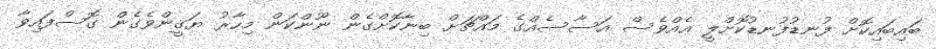
ބައިބައިކޮށް ފުނޑުފުނޑުކޮށްލީ އެއްވެސް އަސާސެއްގެ މައްޗަށް ބިނާކޮށްގެން ނޫންކަން މިހާރު ޔަޤީންވެގެން ގޮސްފައިވާ